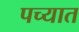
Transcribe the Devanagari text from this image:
पच्यात